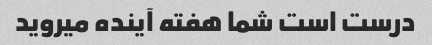
درست است شما هفته آینده میروید